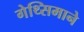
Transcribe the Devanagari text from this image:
गेथ्सिमाने